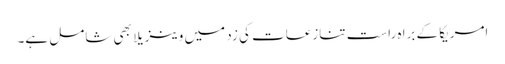
امریکا کے براہ راست تنازعات کی زد میں وینزیلا بھی شامل ہے۔